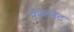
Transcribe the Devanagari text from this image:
कॉल्नेट